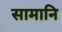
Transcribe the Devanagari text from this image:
सामानि